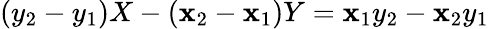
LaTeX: (y_{2}-y_{1})X-(\mathbf{x}_{2}-\mathbf{x}_{1})Y=\mathbf{x}_{1}y_{2}-\mathbf{x}_{2}y_{1}